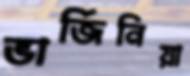
ভার্জিনিয়া